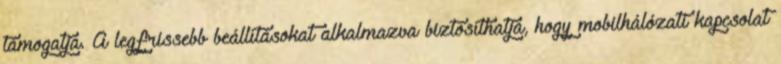
támogatja. A legfrissebb beállításokat alkalmazva biztosíthatja, hogy mobilhálózati kapcsolat